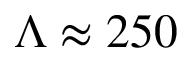
\Lambda \approx 2 5 0